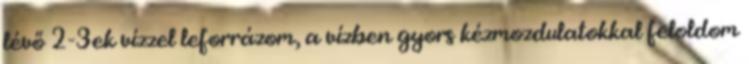
lévő 2-3ek vízzel leforrázom, a vízben gyors kézmozdulatokkal feloldom